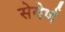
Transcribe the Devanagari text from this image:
सेवेर्ण